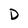
Character: D